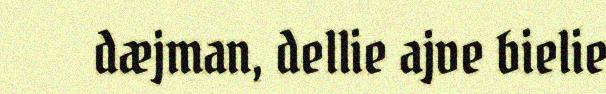
dæjman, dellie ajve bielie